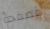
مصفحة